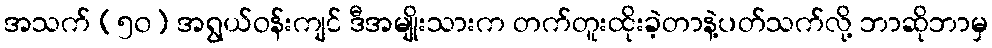
အသက် (၅၀) အရွယ်ဝန်းကျင် ဒီအမျိုးသားက တက်တူးထိုးခဲ့တာနဲ့ပတ်သက်လို့ ဘာဆိုဘာမှ